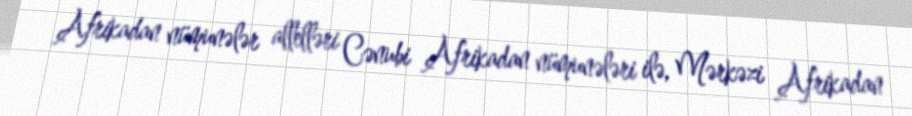
Afrikadan nümunələr allelləri Cənubi Afrikadan nümunələri ilə, Mərkəzi Afrikadan